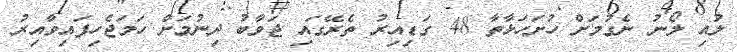
ލުއި ލޯނު ނެގުމަށް ހުށަހަޅާތާ 48 ގަޑިއިރު ތެރޭގައި ޖަވާބު ދިނުމަށް ހަމަޖެހިފައިވާއިރު